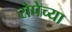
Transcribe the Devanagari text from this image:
रोपेच्या